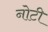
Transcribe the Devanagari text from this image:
नोटी